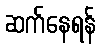
ဆက်နေရန်